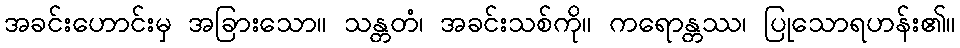
အခင်းဟောင်းမှ အခြားသော။ သန္တတံ၊ အခင်းသစ်ကို။ ကရောန္တဿ၊ ပြုသောရဟန်း၏။